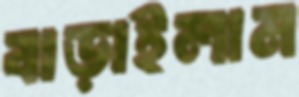
বাড়াইলাম